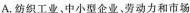
A.纺织工业、中小型企业。劳动力和市场